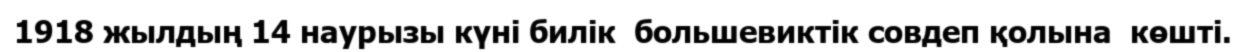
1918 жылдың 14 наурызы күні билік  большевиктік совдеп қолына  көшті.